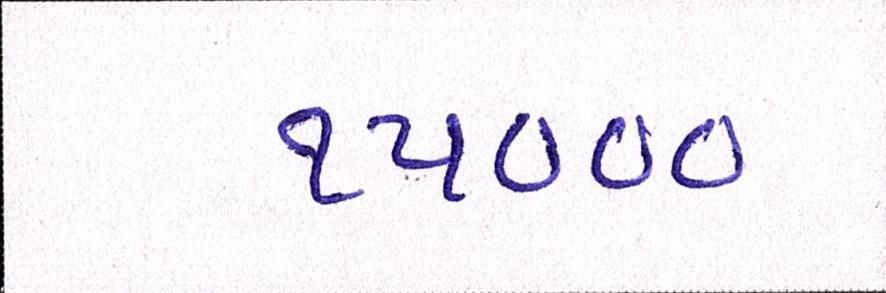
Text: ૧૫૦૦૦